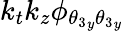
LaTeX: k_{t}k_{z}\phi_{{\theta_{3}}_{y}{\theta_{3}}_{y}}